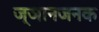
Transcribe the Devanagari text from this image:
ज्ञानजनक